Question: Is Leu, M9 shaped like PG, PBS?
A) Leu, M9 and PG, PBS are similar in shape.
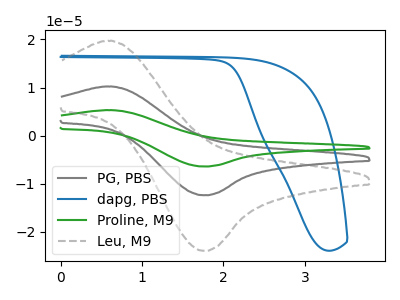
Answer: <think>The gray curve "PG, PBS" has an anodic peak at (0.60V, 10.25uA) and a cathodic peak at (1.75V, -12.45uA). The blue curve "dapg, PBS" has no peaks. The green curve "Proline, M9" has an anodic peak at (0.60V, 20.45uA) and a cathodic peak at (1.75V, -24.85uA). The gray dashed curve "Leu, M9" has an anodic peak at (0.60V, 19.75uA) and a cathodic peak at (1.75V, -24.00uA).
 All the peaks in "Leu, M9" have a peak in "PG, PBS" at the same potential. Every peak in "Leu, M9" is higher than every peak in "PG, PBS".</think>
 <answer>A) "Leu, M9" and "PG, PBS" are similar in shape.</answer>
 <eval>A</eval>